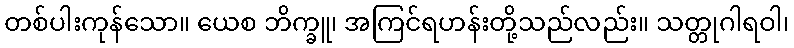
တစ်ပါးကုန်သော။ ယေစ ဘိက္ခူ၊ အကြင်ရဟန်းတို့သည်လည်း။ သတ္တုဂါရဝါ၊